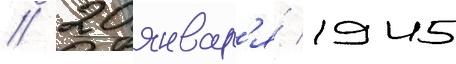
// 20 январ'я́ 1945